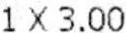
1 X 3.00